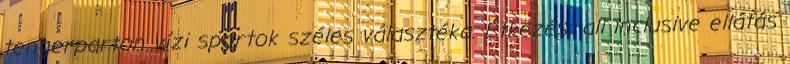
tengerparton vízi sportok széles választéka. Étkezés: all inclusive ellátás